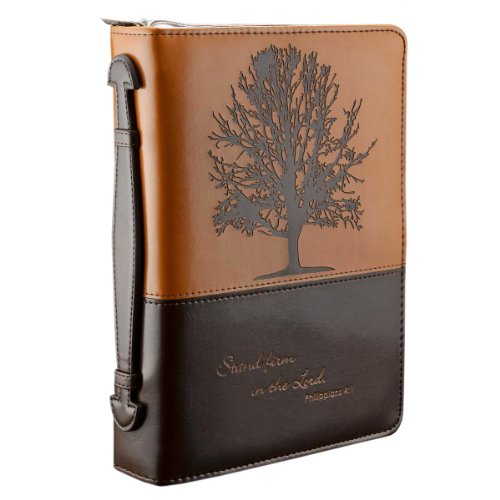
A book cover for "Stand firm in the Lord" Two-tone Bible / Book Cover - Philippians 4:1 (Medium); Christian Art Gifts (Manufacturer); Christian Books & Bibles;